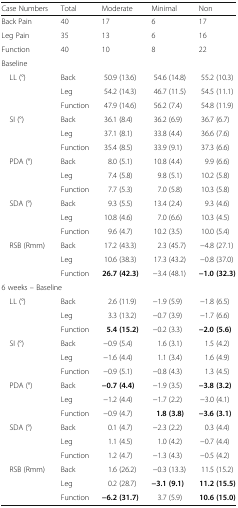
<table><thead><tr><td><b>Case Numbers</b></td><td><b>Total</b></td><td><b>Moderate</b></td><td><b>Minimal</b></td><td><b>Non</b></td></tr></thead><tbody><tr><td>Back Pain</td><td>40</td><td>17</td><td>6</td><td>17</td></tr><tr><td>Leg Pain</td><td>35</td><td>13</td><td>6</td><td>16</td></tr><tr><td>Function</td><td>40</td><td>10</td><td>8</td><td>22</td></tr><tr><td colspan="5">Baseline</td></tr><tr><td rowspan="3"> LL (°)</td><td>Back</td><td>50.9 (13.6)</td><td>54.6 (14.8)</td><td>55.2 (10.3)</td></tr><tr><td>Leg</td><td>54.2 (14.3)</td><td>46.7 (11.5)</td><td>54.5 (11.1)</td></tr><tr><td>Function</td><td>47.9 (14.6)</td><td>56.2 (7.4)</td><td>54.8 (11.9)</td></tr><tr><td rowspan="3"> SI (°)</td><td>Back</td><td>36.1 (8.4)</td><td>36.2 (6.9)</td><td>36.7 (6.7)</td></tr><tr><td>Leg</td><td>37.1 (8.1)</td><td>33.8 (4.4)</td><td>36.6 (7.6)</td></tr><tr><td>Function</td><td>35.4 (8.5)</td><td>33.9 (9.1)</td><td>37.3 (6.6)</td></tr><tr><td rowspan="3"> PDA (°)</td><td>Back</td><td>8.0 (5.1)</td><td>10.8 (4.4)</td><td>9.9 (6.6)</td></tr><tr><td>Leg</td><td>7.4 (5.8)</td><td>9.8 (5.1)</td><td>10.2 (5.8)</td></tr><tr><td>Function</td><td>7.7 (5.3)</td><td>7.0 (5.8)</td><td>10.3 (5.8)</td></tr><tr><td rowspan="3"> SDA (°)</td><td>Back</td><td>9.3 (5.5)</td><td>13.4 (2.4)</td><td>9.3 (4.6)</td></tr><tr><td>Leg</td><td>10.8 (4.6)</td><td>7.0 (6.6)</td><td>10.3 (4.5)</td></tr><tr><td>Function</td><td>9.6 (4.7)</td><td>10.2 (3.5)</td><td>10.0 (5.4)</td></tr><tr><td rowspan="3"> RSB (Rmm)</td><td>Back</td><td>17.2 (43.3)</td><td>2.3 (45.7)</td><td>−4.8 (27.1)</td></tr><tr><td>Leg</td><td>10.6 (38.3)</td><td>17.3 (43.2)</td><td>−0.8 (37.0)</td></tr><tr><td>Function</td><td><b>26.7 (42.3)</b></td><td>−3.4 (48.1)</td><td><b>−1.0 (32.3)</b></td></tr><tr><td colspan="5">6 weeks – Baseline</td></tr><tr><td rowspan="3"> LL (°)</td><td>Back</td><td>2.6 (11.9)</td><td>−1.9 (5.9)</td><td>−1.8 (6.5)</td></tr><tr><td>Leg</td><td>3.3 (13.2)</td><td>−0.7 (3.9)</td><td>−1.7 (6.6)</td></tr><tr><td>Function</td><td><b>5.4 (15.2)</b></td><td>−0.2 (3.3)</td><td><b>−2.0 (5.6)</b></td></tr><tr><td rowspan="3"> SI (°)</td><td>Back</td><td>−0.9 (5.4)</td><td>1.6 (3.1)</td><td>1.5 (4.2)</td></tr><tr><td>Leg</td><td>−1.6 (4.4)</td><td>1.1 (3.4)</td><td>1.6 (4.9)</td></tr><tr><td>Function</td><td>−0.9 (5.1)</td><td>−0.8 (4.3)</td><td>1.3 (4.5)</td></tr><tr><td rowspan="3"> PDA (°)</td><td>Back</td><td><b>−0.7 (4.4)</b></td><td>−1.9 (3.5)</td><td><b>−3.8 (3.2)</b></td></tr><tr><td>Leg</td><td>−1.2 (4.4)</td><td>−1.7 (2.2)</td><td>−3.0 (4.1)</td></tr><tr><td>Function</td><td>−0.9 (4.7)</td><td><b>1.8 (3.8)</b></td><td><b>−3.6 (3.1)</b></td></tr><tr><td rowspan="3"> SDA (°)</td><td>Back</td><td>0.1 (4.7)</td><td>−2.3 (2.2)</td><td>0.3 (4.4)</td></tr><tr><td>Leg</td><td>1.1 (4.5)</td><td>1.0 (4.2)</td><td>−0.7 (4.4)</td></tr><tr><td>Function</td><td>1.2 (4.7)</td><td>−1.3 (4.3)</td><td>−0.5 (4.2)</td></tr><tr><td rowspan="3"> RSB (Rmm)</td><td>Back</td><td>1.6 (26.2)</td><td>−0.3 (13.3)</td><td>11.5 (15.2)</td></tr><tr><td>Leg</td><td>0.2 (28.7)</td><td><b>−3.1 (9.1)</b></td><td><b>11.2 (15.5)</b></td></tr><tr><td>Function</td><td><b>−6.2 (31.7)</b></td><td>3.7 (5.9)</td><td><b>10.6 (15.0)</b></td></tr></tbody></table>